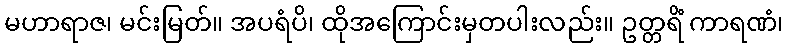
မဟာရာဇ၊ မင်းမြတ်။ အပရံပိ၊ ထိုအကြောင်းမှတပါးလည်း။ ဥတ္တရိံ ကာရဏံ၊